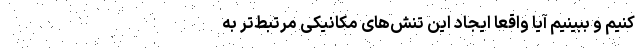
کنیم و ببینیم آیا واقعا ایجاد این تنش‌های مکانیکی مرتبط‌‌‌‌‌‌تر به